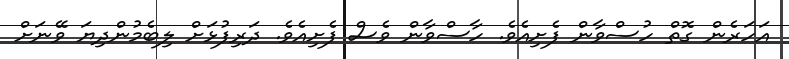
އަހަރެން ގޮތް ހުސްވާން ފެށިއެވެ. ހާސްވާން ވެސް ފެށިއެވެ. ދަރިފުޅަށް ލިބެމުންދިޔަ ވޭނަށް